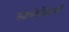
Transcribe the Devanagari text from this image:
संदर्भकोशांची